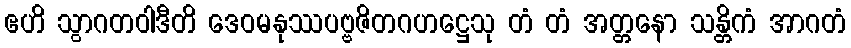
ဧဟိ သွာဂတဝါဒီတိ ဒေဝမနုဿပဗ္ဗဇိတဂဟဋ္ဌေသု တံ တံ အတ္တနော သန္တိကံ အာဂတံ